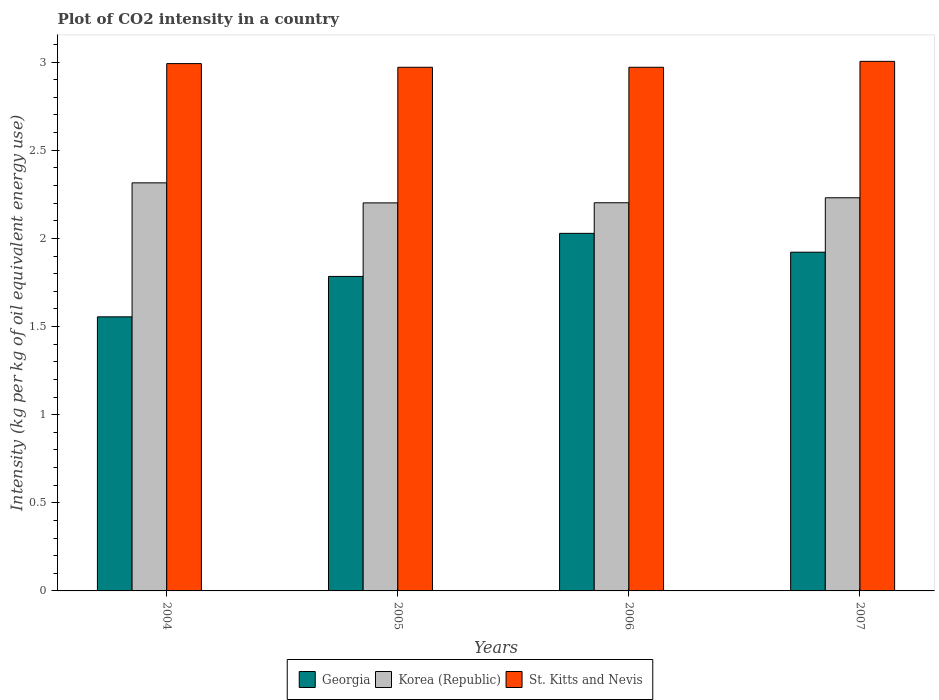
| Years | Georgia | Korea (Republic) | St. Kitts and Nevis |
 | --- | --- | --- | --- |
 | 2004 | 1.55 | 2.32 | 2.99 |
 | 2005 | 1.78 | 2.2 | 2.97 |
 | 2006 | 2.03 | 2.2 | 2.97 |
 | 2007 | 1.92 | 2.23 | 3 |